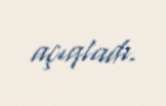
açıqladı.